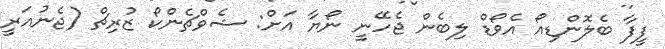
ފީފާ ބެލޮންޑިއޯ އެވޯޑް ލިބެން ޖެހޭނީ ނޯޔާ އަށް: ޝެވްޗެންކޯ ޒުރިޗް (ޖެނުއަރީ